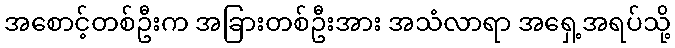
အစောင့်တစ်ဦးက အခြားတစ်ဦးအား အသံလာရာ အရှေ့အရပ်သို့